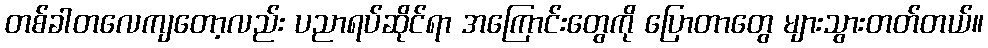
တစ်ခါတလေကျတော့လည်း ပညာရပ်ဆိုင်ရာ အကြောင်းတွေကို ပြောတာတွေ များသွားတတ်တယ်။